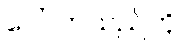
ပေါ်လာသည်ကို